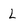
Character: L